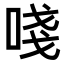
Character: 𠵖